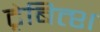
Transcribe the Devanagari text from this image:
ट्रेबित्श